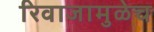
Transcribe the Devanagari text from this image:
रिवाजामुळेच